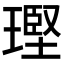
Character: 𪼑